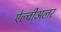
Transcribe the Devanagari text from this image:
ऐल्वीअलर